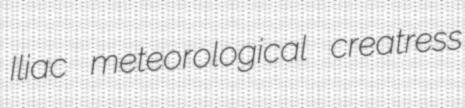
Iliac meteorological creatress